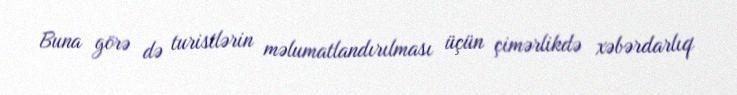
Buna görə də turistlərin məlumatlandırılması üçün çimərlikdə xəbərdarlıq